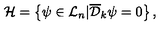
{ \cal H } = \left\{ \psi \in { \cal L } _ { n } | { \overline { { \cal D } } } _ { k } \psi = 0 \right\} ,